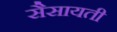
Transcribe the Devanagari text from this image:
सैसायती